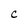
Character: c